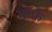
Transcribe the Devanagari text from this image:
मॉर्फ